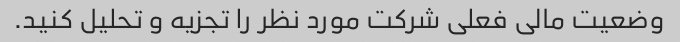
وضعیت مالی فعلی شرکت مورد نظر را تجزیه و تحلیل کنید.